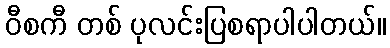
ဝီစကီ တစ် ပုလင်းပြစရာပါပါတယ်။